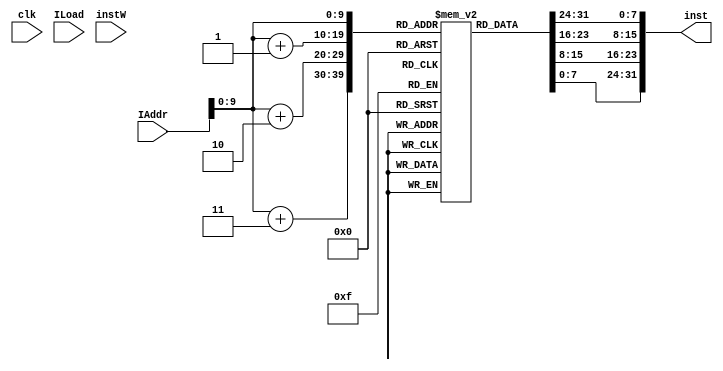
module IMEM #(parameter AWIDTH=32, IWIDTH=32)
 (
	input				clk,
	input				ILoad,
	input		[AWIDTH-1:0]	IAddr,
	input		[IWIDTH-1:0]	instW,
	output   	[IWIDTH-1:0]	inst
 );
 	localparam accessable_bits = 8;
	reg [7:0] Instruction [0:1023];
	// will do it with generate block for flexibility
	// big endian because of memory readformat 
	assign	inst = {Instruction[IAddr],Instruction[IAddr+1],Instruction[IAddr+2],Instruction[IAddr+3]};
	//assign	inst = Instruction[IAddr];
endmodule